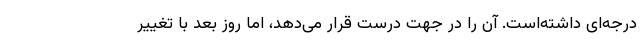
درجه‌ای داشته‌است. آن را در جهت درست قرار می‌دهد، اما روز بعد با تغییر